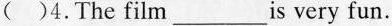
()4.The film___is very fun.